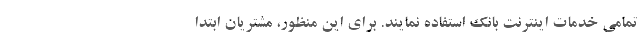
تمامی خدمات اینترنت بانک استفاده نمایند. برای این منظور، مشتریان ابتدا